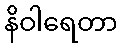
နိဝါရေတာ